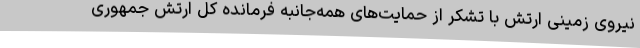
نیروی زمینی ارتش با تشکر از حمایت‌های همه‌جانبه فرمانده کل ارتش جمهوری